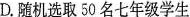
D.随机选取50名七年级学生